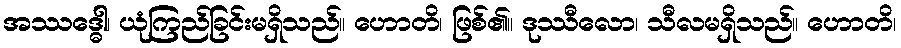
အဿဒ္ဓေါ၊ ယုံကြည်ခြင်းမရှိသည်။ ဟောတိ၊ ဖြစ်၏။ ဒုဿီလော၊ သီလမရှိသည်။ ဟောတိ၊